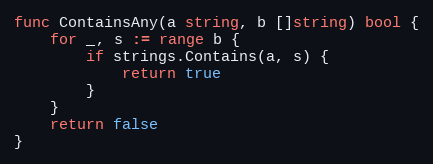
Language: Go
func ContainsAny(a string, b []string) bool {
	for _, s := range b {
		if strings.Contains(a, s) {
			return true
		}
	}
	return false
}